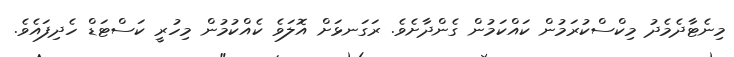
މިނެޓާދެމެދު މިކްސްކުރަމުން ކައްކަމުން ގެންދާށެވެ. ރަގަނޅަށް އޮލަވެ ކެއްކުމުން މިހުރީ ކަސްޓަޑް ހެދިފައެވެ.